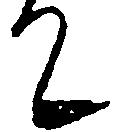
て